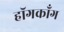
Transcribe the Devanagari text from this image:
हॉगकाँग